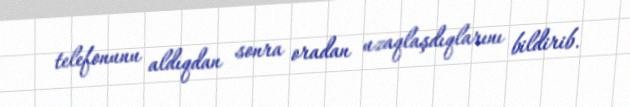
telefonunu aldıqdan sonra oradan uzaqlaşdıqlarını bildirib.